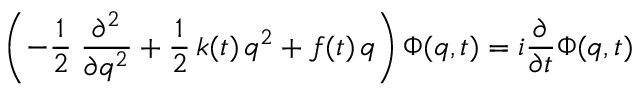
\left( - \frac 1 2 \; \frac { \partial ^ { 2 } } { \partial q ^ { 2 } } + \frac 1 2 \, k ( t ) \, q ^ { 2 } + f ( t ) \, q \right) \Phi ( q , t ) = i \frac \partial { \partial t } \Phi ( q , t )